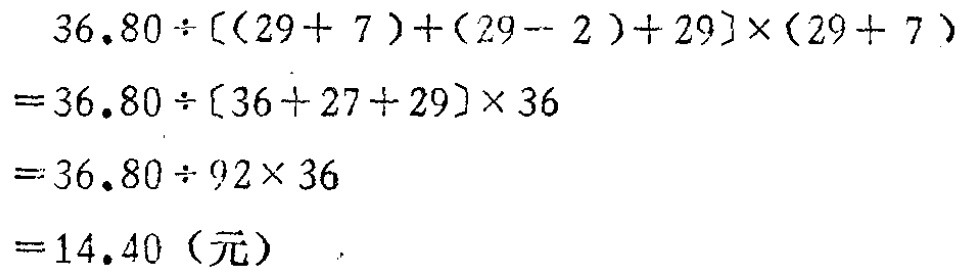
\[
\begin{align*}
&36.80\div[(29 + 7)+(29 - 2)+29]\times(29 + 7)\\
=&36.80\div[36 + 27+29]\times36\\
=&36.80\div92\times36\\
=&14.40 \text{（元）}
\end{align*}
\]